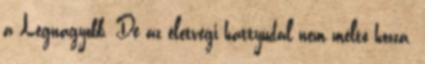
a Legnagyobb. De az életvégi hattyúdal nem méltó hozzá.